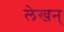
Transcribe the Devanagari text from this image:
लेखन्